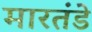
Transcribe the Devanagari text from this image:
मारतंडे